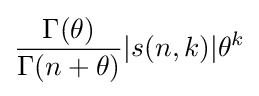
{\frac {\Gamma (\theta )}{\Gamma (n+\theta )}}|s(n,k)|\theta ^{k}